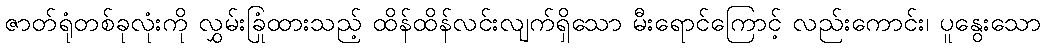
ဇာတ်ရုံတစ်ခုလုံးကို လွှမ်းခြုံထားသည့် ထိန်ထိန်လင်းလျက်ရှိသော မီးရောင်ကြောင့် လည်းကောင်း၊ ပူနွေးသော